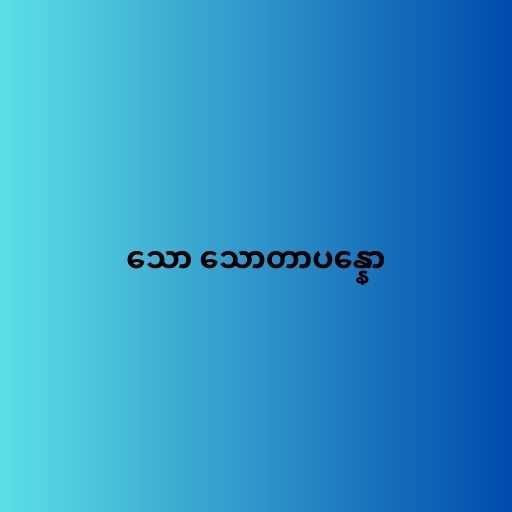
သော သောတာပန္နော